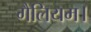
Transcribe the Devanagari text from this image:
गैलियम।